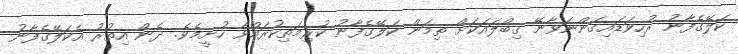
ކަލޭގެފާނު ރުހިވަޑައިގަންނަވާނޭ ޤިބްލައަކަށް ތިމަން ކަލޭގެފާނު ކުރިމަތިކުރައްވާ ހުށީމެވެ. ދެން އިތުރު އެކަލޭގެފާނު